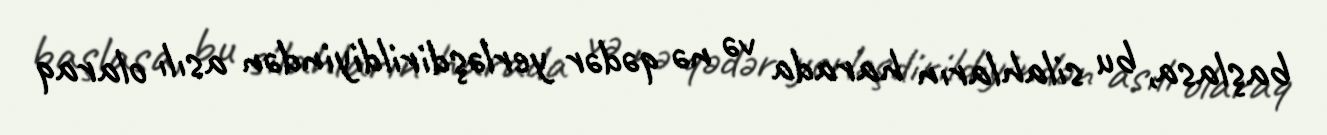
başlasa, bu silahların harada və nə qədər yerləşdirildiyindən asılı olaraq